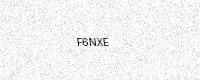
Text: F6NXE